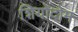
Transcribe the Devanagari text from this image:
शियोदोम